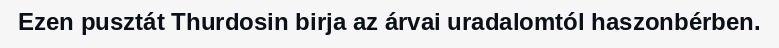
Ezen pusztát Thurdosin birja az árvai uradalomtól haszonbérben.